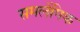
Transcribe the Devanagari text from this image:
समलेंगिक